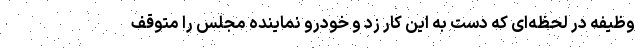
وظیفه در لحظه‌ای که دست به این کار زد و خودرو نماینده مجلس را متوقف